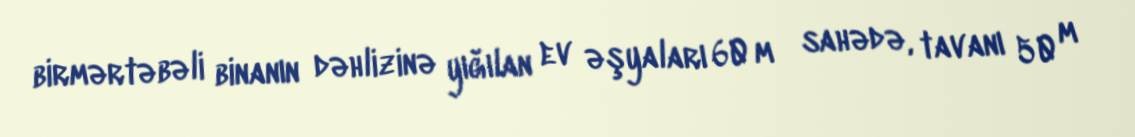
birmərtəbəli binanın dəhlizinə yığılan ev əşyaları 60 m² sahədə, tavanı 50 m²